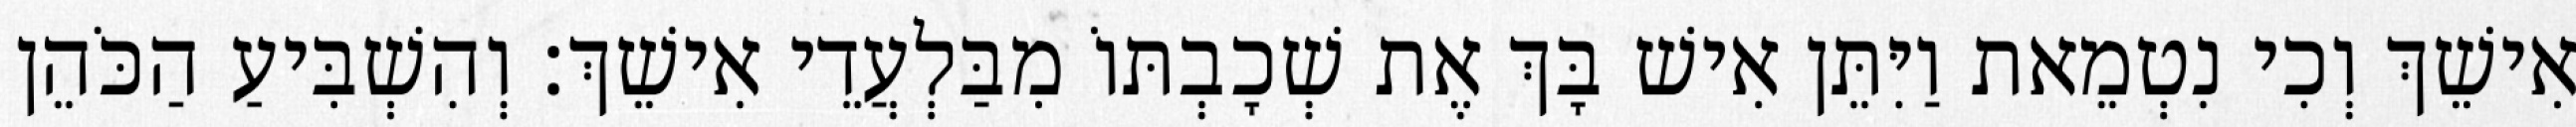
אִישֵׁךְ וְכִי נִטְמֵאת וַיִּתֵּן אִישׁ בָּךְ אֶת שְׁכָבְתּוֹ מִבַּלְעֲדֵי אִישֵׁךְ׃ וְהִשְׁבִּיעַ הַכֹּהֵן